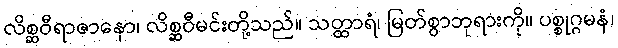
လိစ္ဆဝီရာဇာနော၊ လိစ္ဆဝီမင်းတို့သည်။ သတ္ထာရံ၊ မြတ်စွာဘုရားကို။ ပစ္စုဂ္ဂမနံ၊